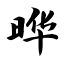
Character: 晔